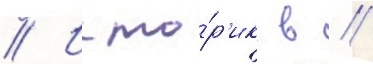
// Исто́р'ик в //